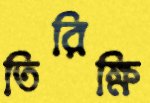
তিরিক্ষি